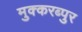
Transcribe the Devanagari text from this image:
मुक्करब्पुर